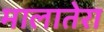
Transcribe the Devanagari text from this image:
मालातेरा